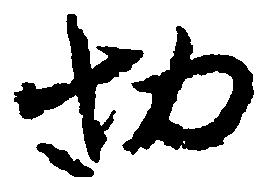
切